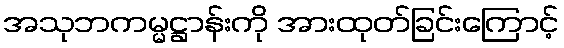
အသုဘကမ္မဋ္ဌာန်းကို အားထုတ်ခြင်းကြောင့်